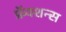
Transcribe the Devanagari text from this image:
फ्रॅक्शन्स